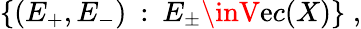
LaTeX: \{ (E_{+},E_{-})\: :\: E_{\pm}\inV\mathrm{e}c(X)\} \; ,